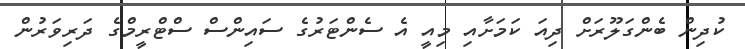
ކުދިން ބެންގަލޫރަށް ދިއަ ކަމަށާއި މިއީ އެ ސެންޓަރުގެ ސައިންސް ސްޓްރީމްގެ ދަރިވަރުން